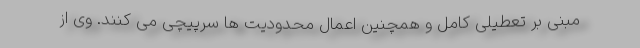
مبنی بر تعطیلی کامل و همچنین اعمال محدودیت ها سرپیچی می کنند. وی از